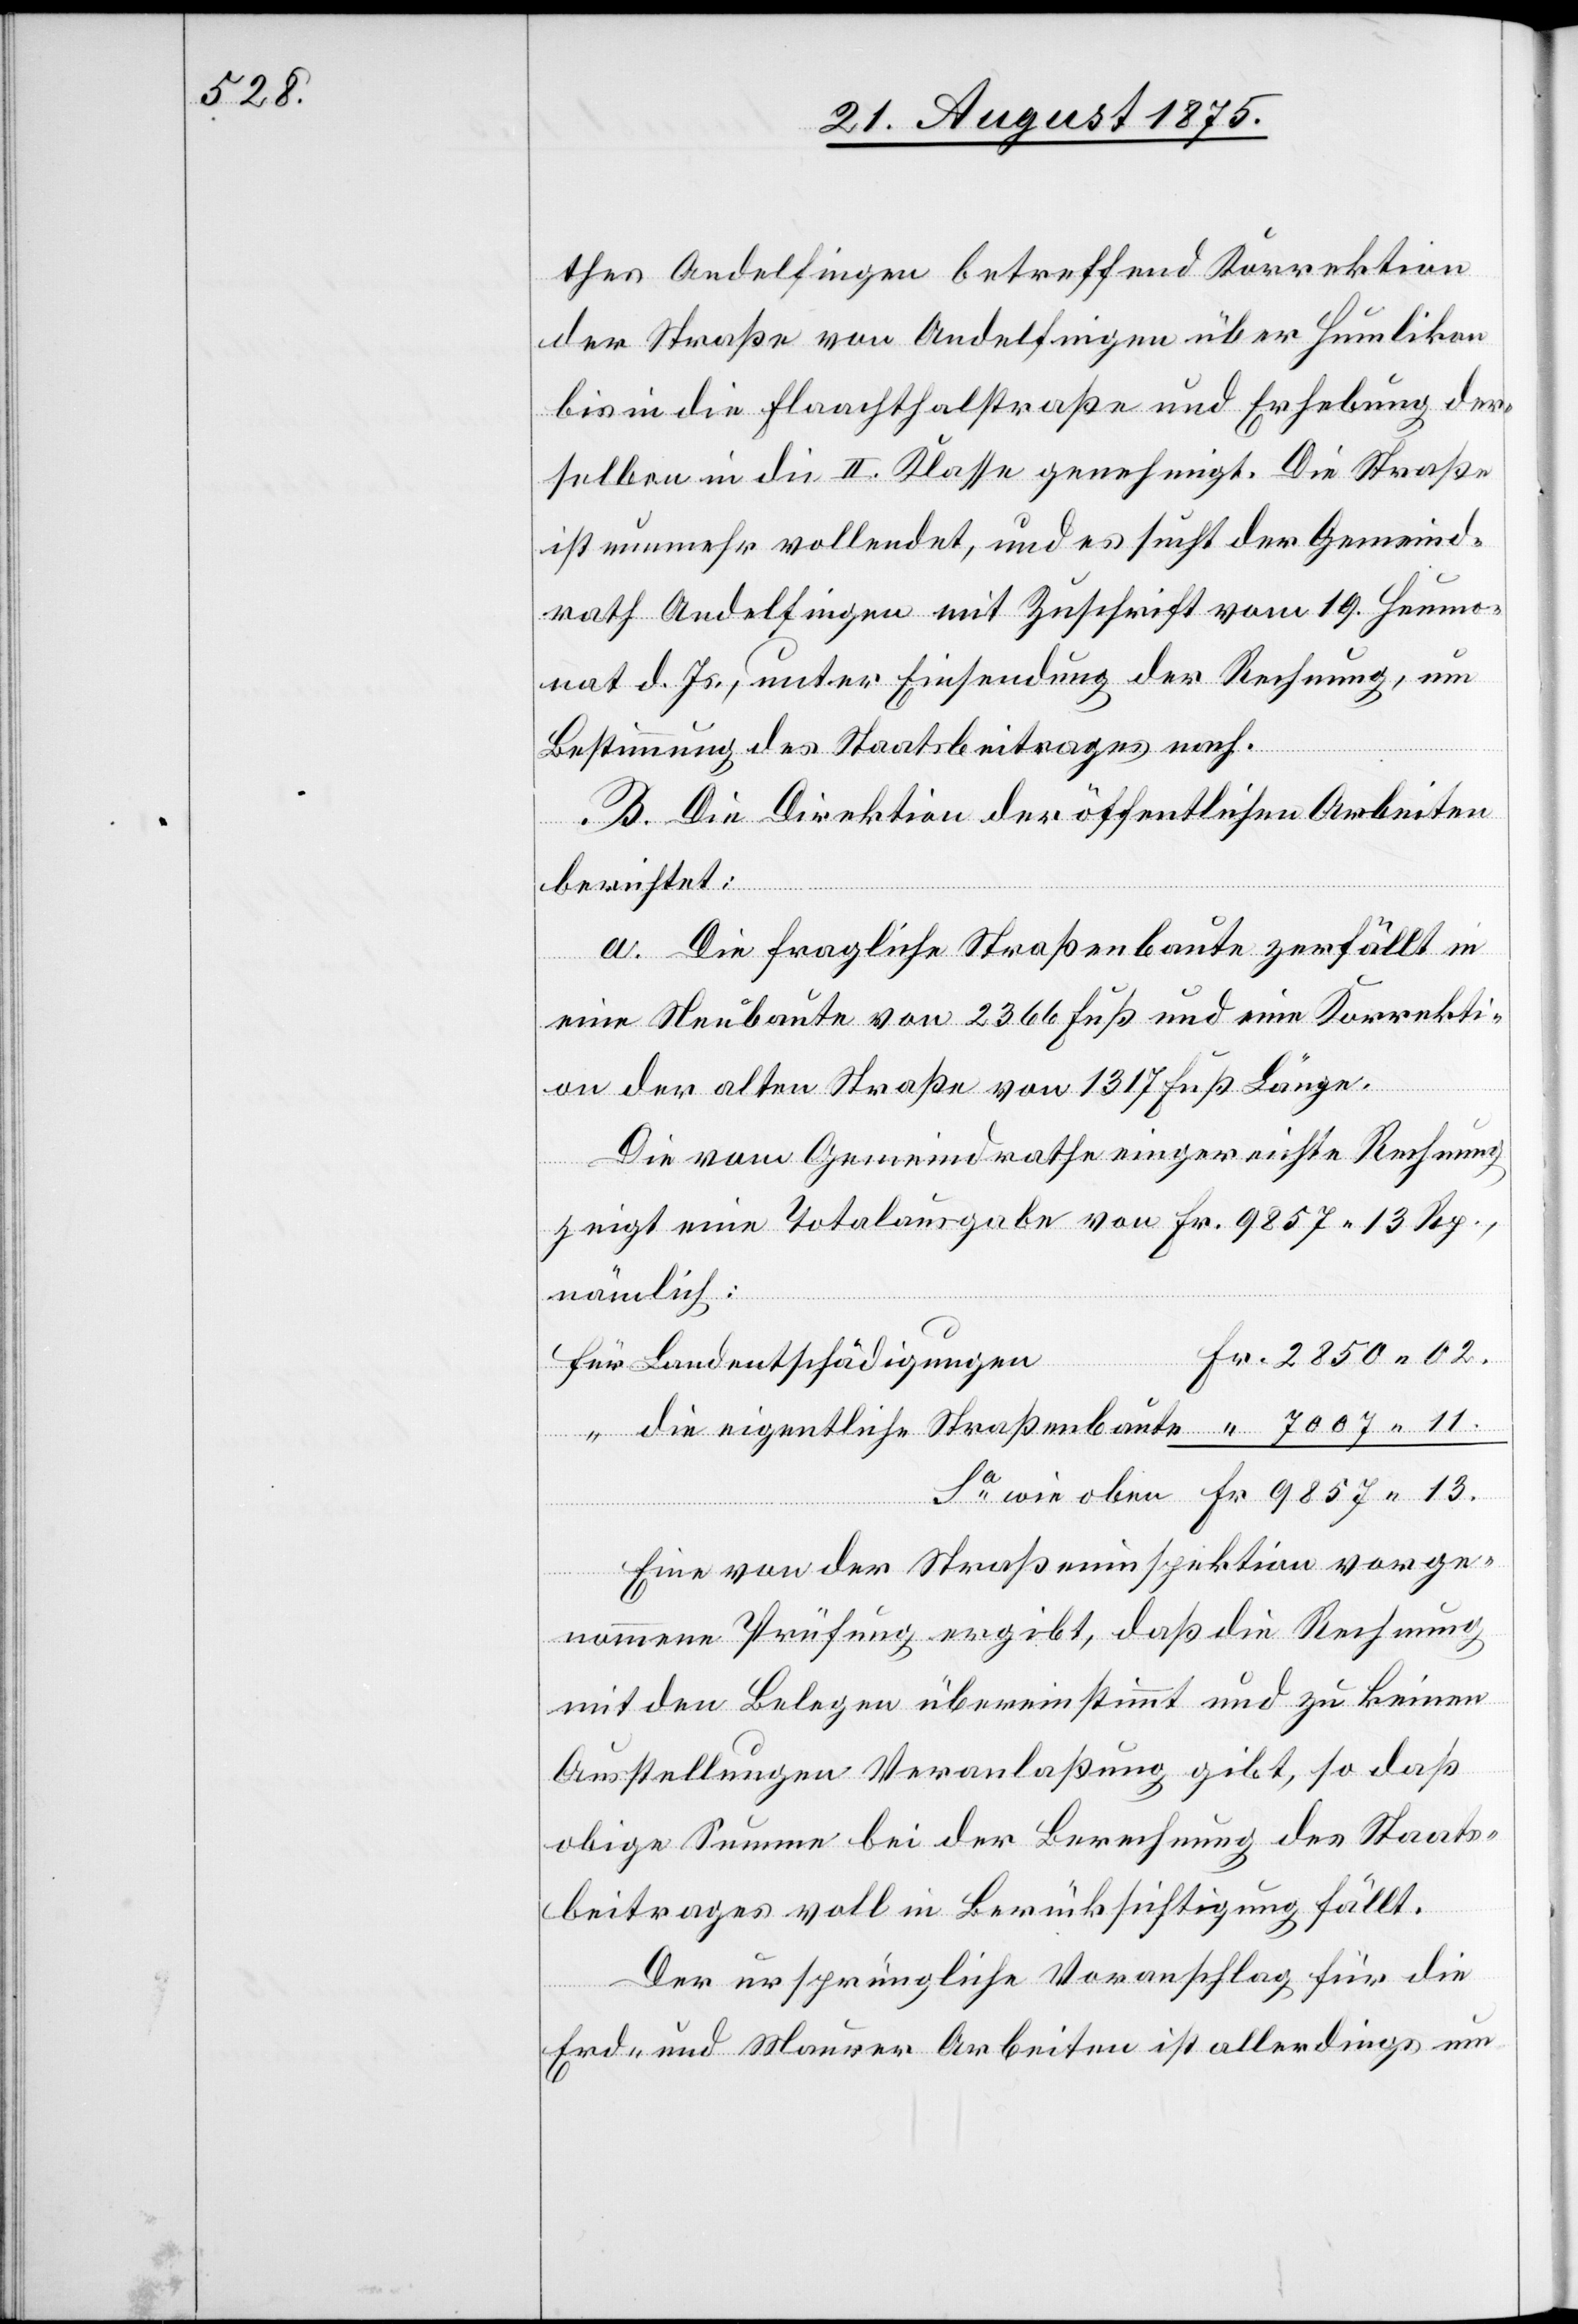
thes Andelfingen betreffend Korrektion
der Straße von Andelfingen über Humlikon
bis in die Flaachthalstraße und Erhebung der¬
selben in die II. Klasse genehmigt. Die Straße
ist nunmehr vollendet, und es sucht der Gemeind¬
rath Andelfingen mit Zuschrift vom 19. Heumo¬
nat d. Js., unter Einsendung der Rechnung, um
Bestimmung des Staatsbeitrages nach.
B. Die Direktion der öffentlichen Arbeiten
berichtet:
a. Die fragliche Straßenbaute zerfällt in
13.
eine Neubaute von 2366 Fuß und eine Korrekti¬
an der alten Straße von 1317 Fuß Länge.
Die vom Gemeindrathe eingereichte Rechnung
zeigt eine Totalausgabe von Fr. 9857 13 Rp.,
nämlich:
für Landentschädigungen
Die von der Straßeninspektion vorge¬
nommene Prüfung ergibt, daß die Rechnung
mit den Belegen übereinstimmt und zu keinen
Ausstellungen Veranlaßung gibt, so daß
obige Summe bei der Berechnung des Staats¬
beitrages voll in Berücksichtigung fällt.
Der ursprüngliche Voranschlag für die
Erd- und Maurerarbeiten ist allerdings um